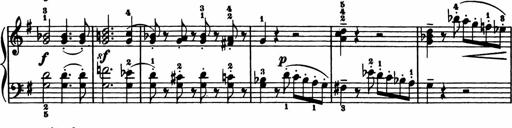
Title: 11 Sonatinas for Piano Solo
Composer: Anton Diabelli